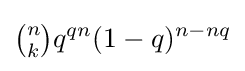
{\tbinom {n}{k}}q^{qn}(1-q)^{n-nq}